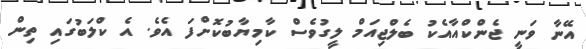
އޭނާ ވަނީ ޖެންކްއާއެކު ބެލްޖިއަމް ލީގުވެސް ކާމިޔާބުކޮށްފަ އެވެ. އެ ކްލަބުގައި ތިން